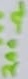
Text: 200Ω